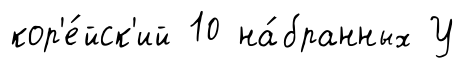
кор'е́йск'ий 10 на́бранных У